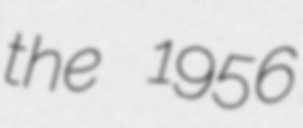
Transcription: the 1956